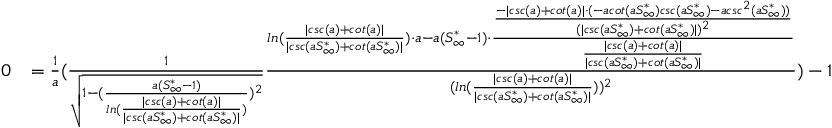
\begin{array} { r l } { 0 } & { = \frac { 1 } { a } ( \frac { 1 } { \sqrt { 1 - ( \frac { a ( S _ { \infty } ^ { * } - 1 ) } { l n ( \frac { | c s c ( a ) + c o t ( a ) | } { | c s c ( a S _ { \infty } ^ { * } ) + c o t ( a S _ { \infty } ^ { * } ) | } ) } ) ^ { 2 } } } \frac { l n ( \frac { | c s c ( a ) + c o t ( a ) | } { | c s c ( a S _ { \infty } ^ { * } ) + c o t ( a S _ { \infty } ^ { * } ) | } ) \cdot a - a ( S _ { \infty } ^ { * } - 1 ) \cdot \frac { \frac { - | c s c ( a ) + c o t ( a ) | \cdot ( - a c o t ( a S _ { \infty } ^ { * } ) c s c ( a S _ { \infty } ^ { * } ) - a c s c ^ { 2 } ( a S _ { \infty } ^ { * } ) ) } { ( | c s c ( a S _ { \infty } ^ { * } ) + c o t ( a S _ { \infty } ^ { * } ) | ) ^ { 2 } } } { \frac { | c s c ( a ) + c o t ( a ) | } { | c s c ( a S _ { \infty } ^ { * } ) + c o t ( a S _ { \infty } ^ { * } ) | } } } { ( l n ( \frac { | c s c ( a ) + c o t ( a ) | } { | c s c ( a S _ { \infty } ^ { * } ) + c o t ( a S _ { \infty } ^ { * } ) | } ) ) ^ { 2 } } ) - 1 } \end{array}